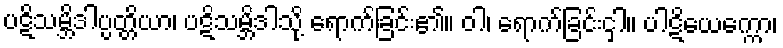
ပဋိသမ္ဘိဒါပ္ပတ္တိယာ၊ ပဋိသမ္ဘိဒါသို့ ရောက်ခြင်း၏။ ဝါ၊ ရောက်ခြင်းငှါ။ ပါဋိယေက္ကော၊